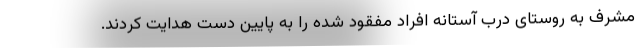
مشرف به روستای درب آستانه افراد مفقود شده را به پایین دست هدایت کردند.